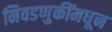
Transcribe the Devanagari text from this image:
निवडणुकींमधून